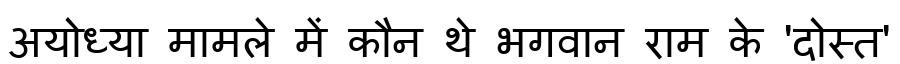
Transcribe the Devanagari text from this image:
अयोध्या मामले में कौन थे भगवान राम के 'दोस्त'